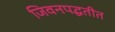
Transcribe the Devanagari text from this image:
जिवनपद्धतीत